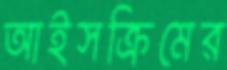
আইসক্রিমের